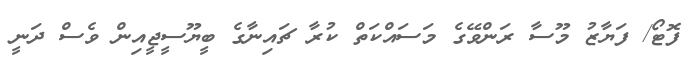
ފޮޓޯ/ ފަޔާޒު މޫސާ ރަންވޭގެ މަސައްކަތް ކުރާ ޗައިނާގެ ބީޔޫސީޖީއިން ވެސް ދަނީ